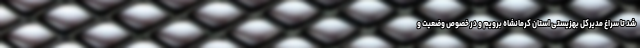
شد تا سراغ مدیرکل بهزیستی استان کرمانشاه برویم و در خصوص وضعیت و